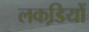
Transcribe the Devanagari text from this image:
लकडि़यों